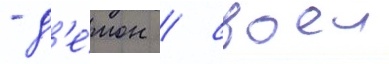
- д'е́мон / своеи